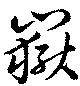
嶽